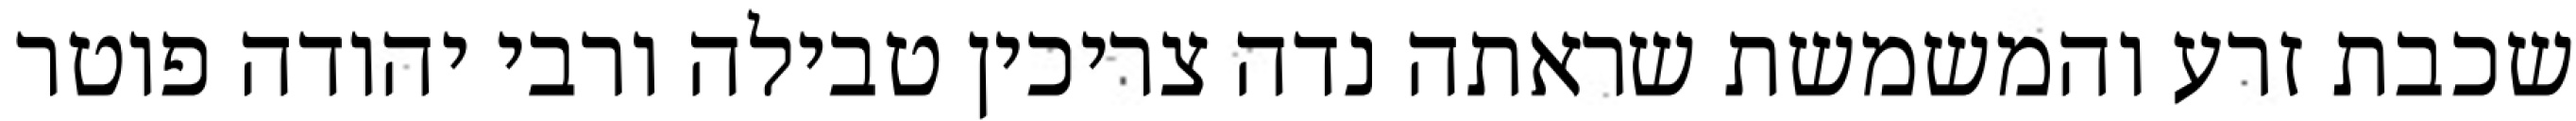
שכבת זרע והמשמשת שראתה נדה צריכין טבילה ורבי יהודה פוטר